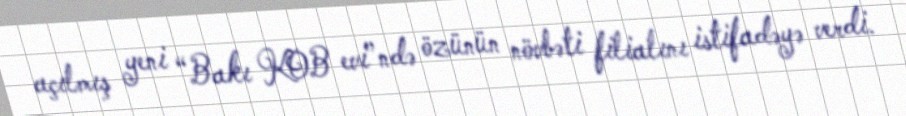
açılmış yeni “Bakı KOB evi”ndə özünün növbəti filialını istifadəyə verdi.